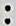
: